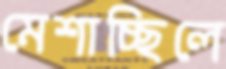
মেশাচ্ছিলে